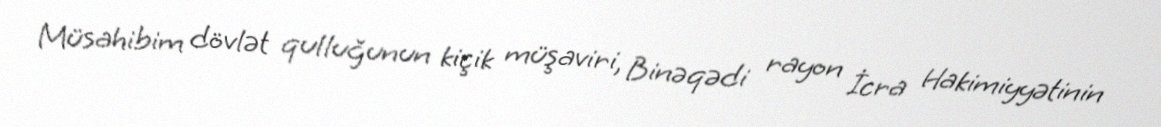
Müsahibim dövlət qulluğunun kiçik müşaviri, Binəqədi rayon İcra Hakimiyyətinin